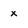
Character: x